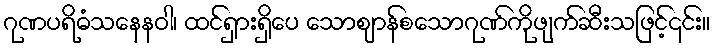
ဂုဏပရိဓံသနေနဝါ၊ ထင်ရှားရှိပေ သောဈာန်စသောဂုဏ်ကိုဖျက်ဆီးသဖြင့်၎င်း။